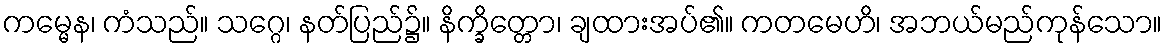
ကမ္မေန၊ ကံသည်။ သဂ္ဂေ၊ နတ်ပြည်၌။ နိက္ခိတ္တော၊ ချထားအပ်၏။ ကတမေဟိ၊ အဘယ်မည်ကုန်သော။